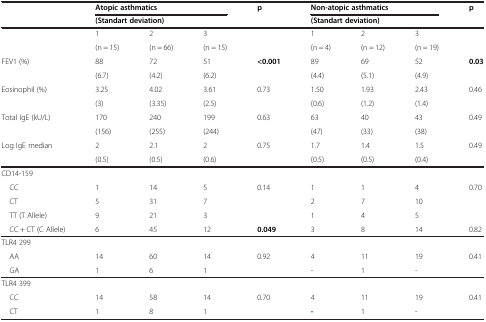
| <ROWSPAN=2>  | <COLSPAN=3> Atopic asthmatics | p | <COLSPAN=3> Non-atopic asthmatics | p |
 | <COLSPAN=3> (Standart deviation) |  | <COLSPAN=3> (Standart deviation) |  |
 | --- | --- | --- | --- | --- | --- | --- | --- | --- |
 |  | 1 | 2 | 3 |  | 1 | 2 | 3 |  |
 |  | (n = 15) | (n = 66) | (n = 15) |  | (n = 4) | (n = 12) | (n = 19) |  |
 | <ROWSPAN=2> FEV1 (%) | 88 | 72 | 51 | <0.001 | 89 | 69 | 52 | 0.03 |
 | (6.7) | (4.2) | (6.2) |  | (4.4) | (5.1) | (4.9) |  |
 | <ROWSPAN=2> Eosinophil (%) | 3.25 | 4.02 | 3.61 | 0.73 | 1.50 | 1.93 | 2.43 | 0.46 |
 | (3) | (3.35) | (2.5) |  | (0.6) | (1.2) | (1.4) |  |
 | <ROWSPAN=2> Total IgE (kU/L) | 170 | 240 | 199 | 0.63 | 63 | 40 | 43 | 0.49 |
 | (156) | (255) | (244) |  | (47) | (33) | (38) |  |
 | Log IgE median | 2 | 2.1 | 2 | 0.75 | 1.7 | 1.4 | 1.5 | 0.49 |
 |  | (0.5) | (0.5) | (0.6) |  | (0.5) | (0.5) | (0.4) |  |
 | CD14-159 |  |  |  |  |  |  |  |  |
 | CC | 1 | 14 | 5 | 0.14 | 1 | 1 | 4 | 0.70 |
 | CT | 5 | 31 | 7 |  | 2 | 7 | 10 |  |
 | TT (T Allele) | 9 | 21 | 3 |  | 1 | 4 | 5 |  |
 | CC + CT (C Allele) | 6 | 45 | 12 | 0.049 | 3 | 8 | 14 | 0.82 |
 | TLR4 299 |  |  |  |  |  |  |  |  |
 | AA | 14 | 60 | 14 | 0.92 | 4 | 11 | 19 | 0.41 |
 | GA | 1 | 6 | 1 |  | - | 1 | - |  |
 | TLR4 399 |  |  |  |  |  |  |  |  |
 | CC | 14 | 58 | 14 | 0.70 | 4 | 11 | 19 | 0.41 |
 | CT | 1 | 8 | 1 |  | - | 1 | - |  |